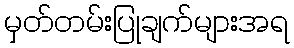
မှတ်တမ်းပြုချက်များအရ